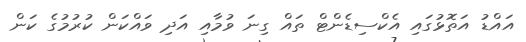
އައްޑު އަތޮޅުގައި އެކްސިޑެންޓް ތައް ގިނަ ވުމާއި އަދި ވައްކަން ކުރުމުގެ ކަން